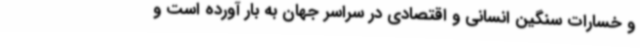
و خسارات سنگین انسانی و اقتصادی در سراسر جهان به بار آورده است و